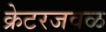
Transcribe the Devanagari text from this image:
क्रेटरजवळ